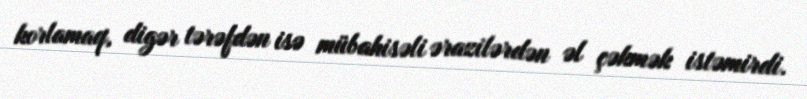
korlamaq, digər tərəfdən isə mübahisəli ərazilərdən əl çəkmək istəmirdi.